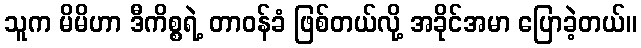
သူက မိမိဟာ ဒီကိစ္စရဲ့ တာဝန်ခံ ဖြစ်တယ်လို့ အခိုင်အမာ ပြောခဲ့တယ်။